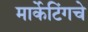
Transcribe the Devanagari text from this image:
मार्केटिंगचे